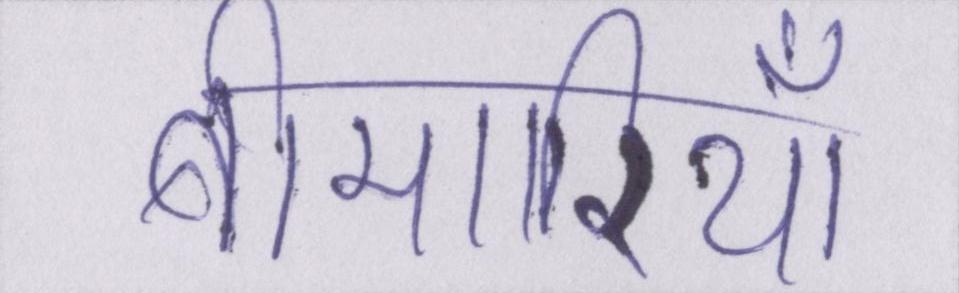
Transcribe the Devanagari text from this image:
बीमारियाँ